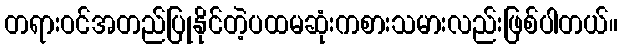
တရားဝင်အတည်ပြုနိုင်တဲ့ပထမဆုံးကစားသမားလည်းဖြစ်ပါတယ်။